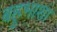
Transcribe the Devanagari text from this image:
बहुभाशा